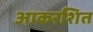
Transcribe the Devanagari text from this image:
आकरशित